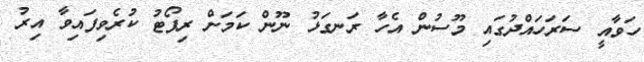
ހަވާއީ ސަރަހައްދުގައި މޫސުން އެހާ ރަނގަޅު ނޫން ކަމަށް ރިޕޯޓު ކުރެވިފައިވާ އިރު